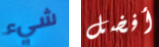
شيء أفضل